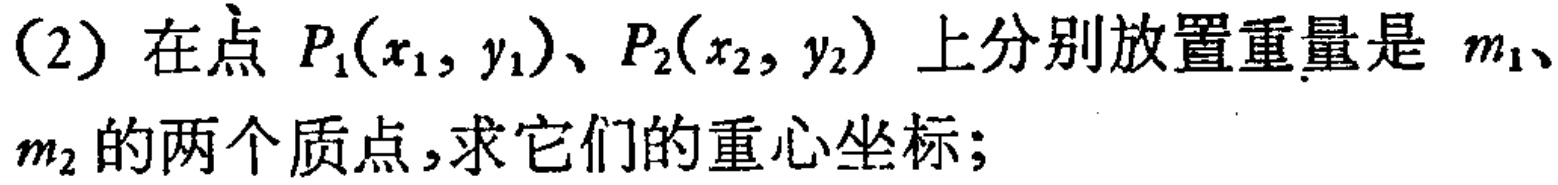
(2) 在点 \(P_1(x_1, y_1)\)、\(P_2(x_2, y_2)\) 上分别放置重量是 \(m_1\)、\(m_2\) 的两个质点，求它们的重心坐标；